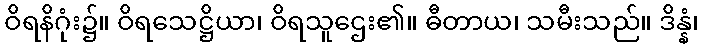
ဝိရနိဂုံး၌။ ဝိရသေဋ္ဌိယာ၊ ဝိရသူဌေး၏။ ဓီတာယ၊ သမီးသည်။ ဒိန္နံ၊